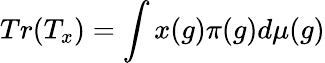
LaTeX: Tr(T_{x})=\int x(g)\pi(g)d\mu(g)